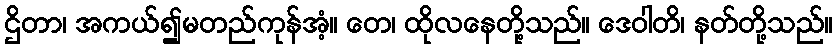
ဌိတာ၊ အကယ်၍မတည်ကုန်အံ့။ တေ၊ ထိုလနေတို့သည်။ ဒေဝါတိ၊ နတ်တို့သည်။